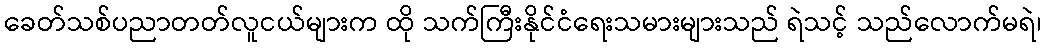
ခေတ်သစ်ပညာတတ်လူငယ်များက ထို သက်ကြီးနိုင်ငံရေးသမားများသည် ရဲသင့် သည်လောက်မရဲ၊